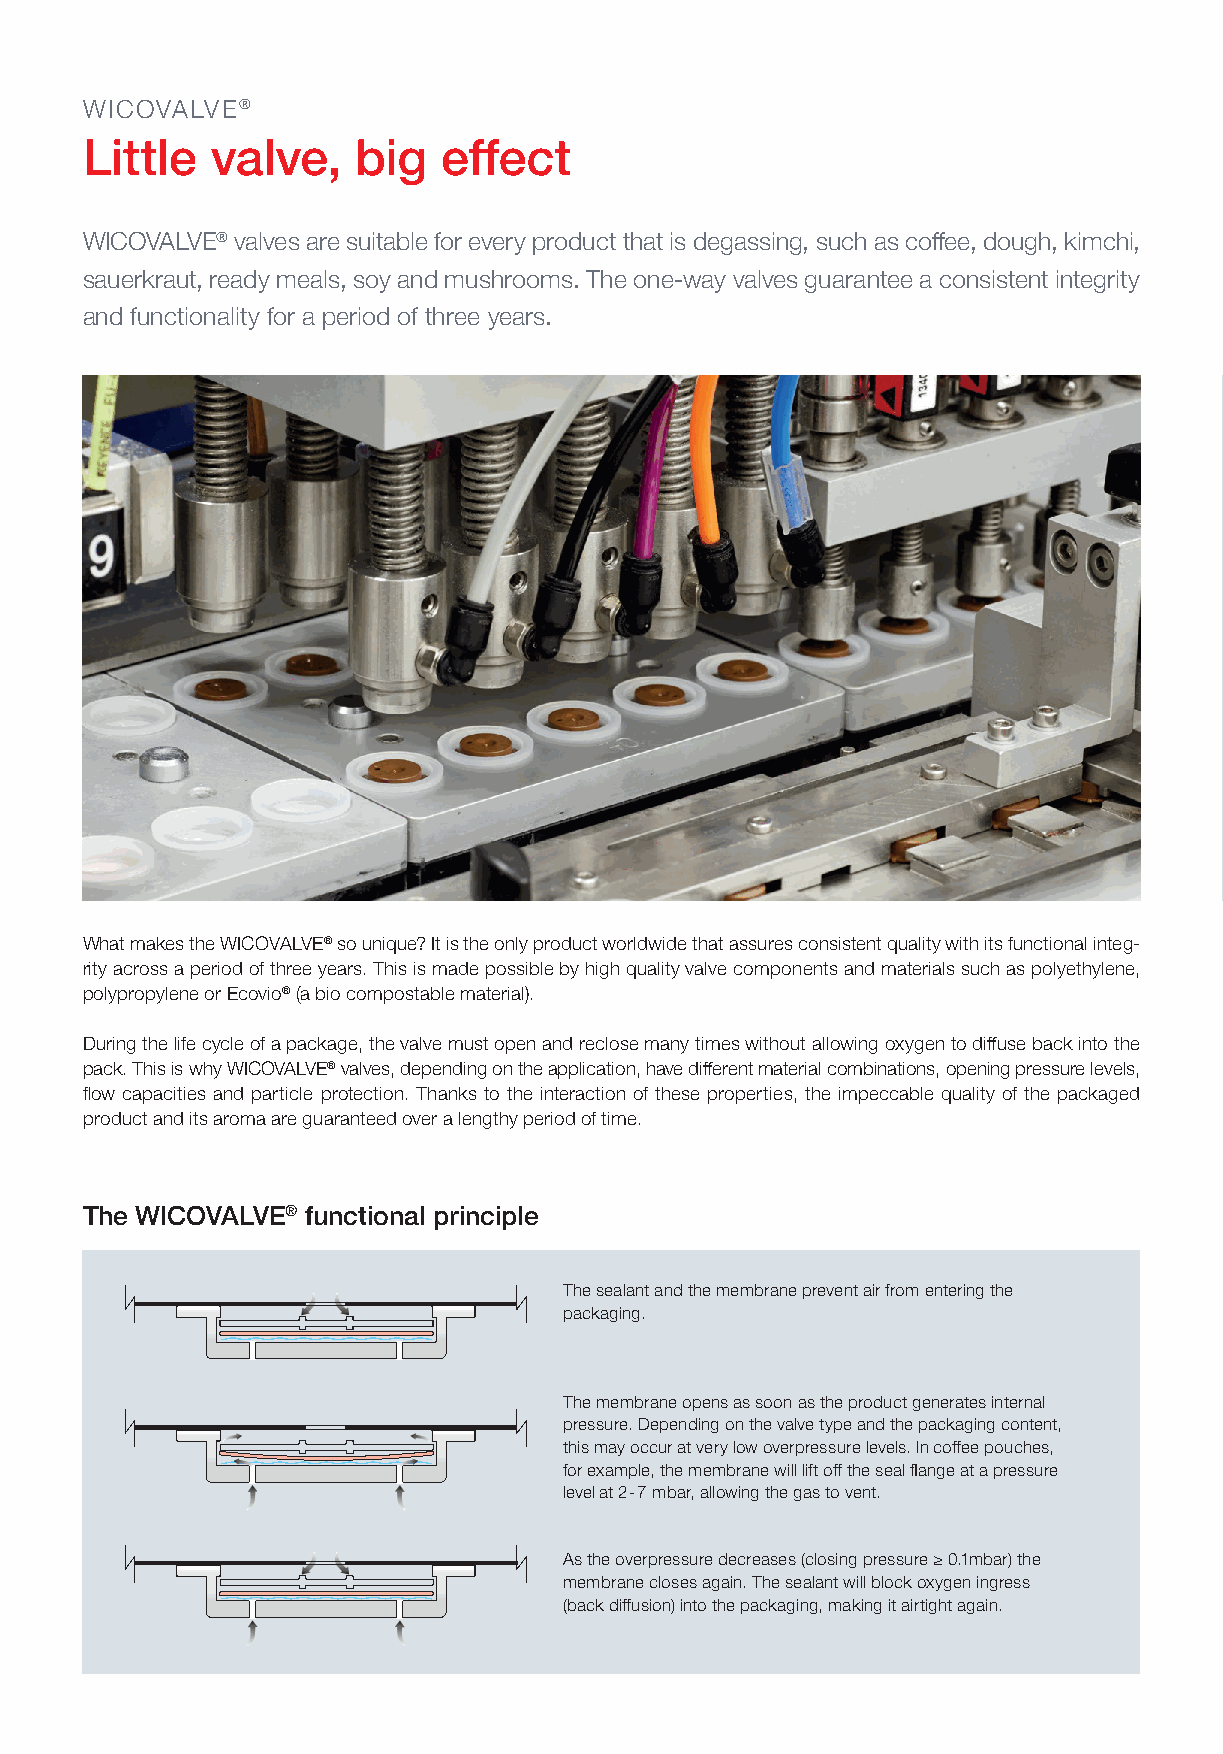
WICOVALVE®
 Little   valve,    big  effect
 WICOVALVE® valves are suitable for every product that is degassing, such as coffee, dough, kimchi,
 sauerkraut, ready meals, soy and mushrooms. The one-way valves guarantee a consistent integrity
 and functionality for a period of three years.
 What makes the WICOVALVE® so unique? It is the only product worldwide that assures consistent quality with its functional integ-
 rity across a period of three years. This is made possible by high quality valve components and materials such as polyethylene,
 polypropylene or Ecovio® (a bio compostable material).
 During the life cycle of a package, the valve must open and reclose many times without allowing oxygen to diffuse back into the
 pack. This is why WICOVALVE® valves, depending on the application, have different material combinations, opening pressure levels,
 flow capacities and particle protection. Thanks to the interaction of these properties, the impeccable quality of the packaged
 product and its aroma are guaranteed over a lengthy period of time.
 The WICOVALVE® functional principle
 The sealant and the membrane prevent air from entering the
 packaging.
 The membrane opens as soon as the product generates internal
 pressure. Depending on the valve type and the packaging content,
 this may occur at very low overpressure levels. In coffee pouches,
 for example, the membrane will lift off the seal flange at a pressure
 level at 2-7 mbar, allowing the gas to vent.
 As the overpressure decreases (closing pressure ≥ 0.1mbar) the
 membrane closes again. The sealant will block oxygen ingress
 (back diffusion) into the packaging, making it airtight again.